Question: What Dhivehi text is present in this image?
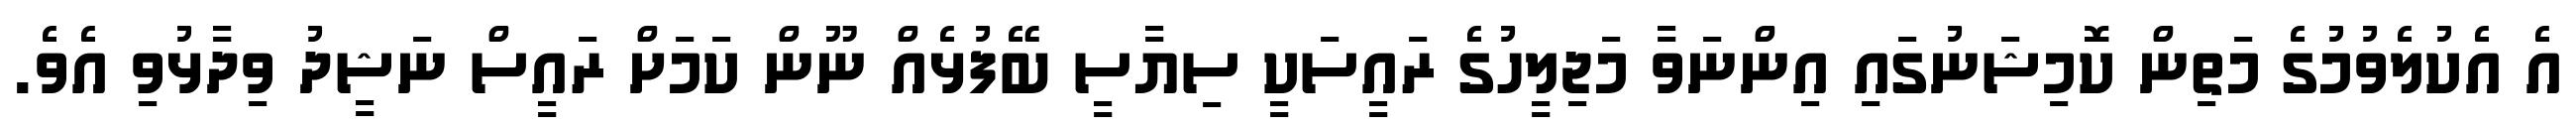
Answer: އެ އެކުލެވުމުގެ މަތިން ކޮމިޝަނުގައި އިންނަވާ މަޖިލީހުގެ ރައީސަކީ ސިޔާސީ ބޭފުޅެއް ނޫން ކަމަށް ރައީސް ނަޝީދު ވިދާޅުވި އެވެ.